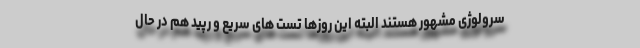
سرولوژی مشهور هستند البته این روزها تست های سریع و رپید هم در حال